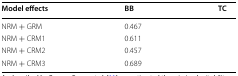
<table><thead><tr><td><b>Model effects</b></td><td><b>BB</b></td><td><b>TC</b></td></tr></thead><tbody><tr><td>NRM + GRM</td><td>0.467</td><td>[EMPTY_CELL]</td></tr><tr><td>NRM + CRM1</td><td>0.611</td><td>[EMPTY_CELL]</td></tr><tr><td>NRM + CRM2</td><td>0.457</td><td>[EMPTY_CELL]</td></tr><tr><td>NRM + CRM3</td><td>0.689</td><td>[EMPTY_CELL]</td></tr></tbody></table>